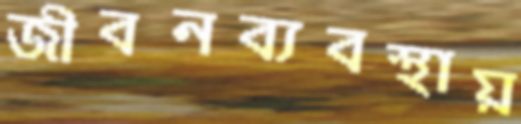
জীবনব্যবস্থায়